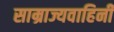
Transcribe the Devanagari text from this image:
साम्राज्यवाहिनी